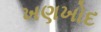
ખણખોદ